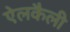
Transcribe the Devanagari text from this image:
ऐलकैली